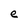
Character: e